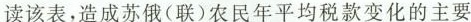
读该表，造成苏俄（联）农民年平均税款变化的主要